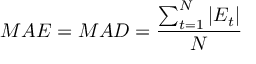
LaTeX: \ M A E = M A D = { \frac { \sum _ { t = 1 } ^ { N } | E _ { t } | } { N } }